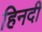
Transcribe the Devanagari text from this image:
हिनदी